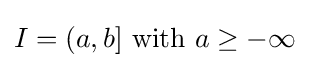
I=(a,b]{\text{ with }}a\geq -\infty